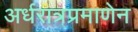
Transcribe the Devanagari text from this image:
अर्धरात्रप्रमाणेन